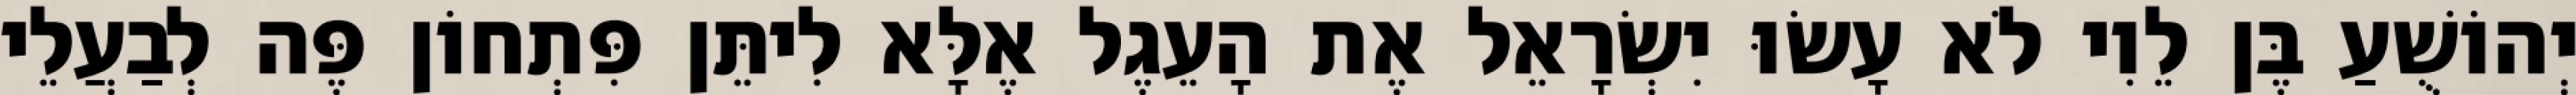
יְהוֹשֻׁעַ בֶּן לֵוִי לֹא עָשׂוּ יִשְׂרָאֵל אֶת הָעֵגֶל אֶלָּא לִיתֵּן פִּתְחוֹן פֶּה לְבַעֲלֵי